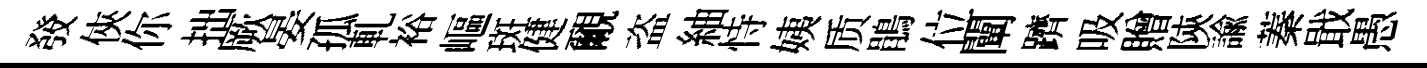
𤼲俠你拙厥晏孤軋裕嶇斑健覼盗紬恃姨质鵑位闡躋吸贈陝諭蓁戢愚